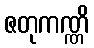
ဇတုကဏ္ဏိ